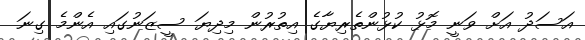
އަސަދު އަށް ވަނީ މޮޅު ކުޅުންތެރިޔާގެ އިތުރުން މިދިޔަ ސީޒަނުގައި އެންމެ ގިނަ